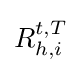
R_{h,i}^{t,T}